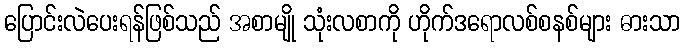
ပြောင်းလဲပေးရန်ဖြစ်သည် အစာမျို သုံးလစာကို ဟိုက်ဒရောလစ်စနစ်များ ဓားသာ